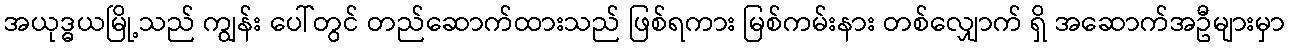
အယုဒ္ဓယမြို့သည် ကျွန်း ပေါ်တွင် တည်ဆောက်ထားသည် ဖြစ်ရကား မြစ်ကမ်းနား တစ်လျှောက် ရှိ အဆောက်အဦများမှာ